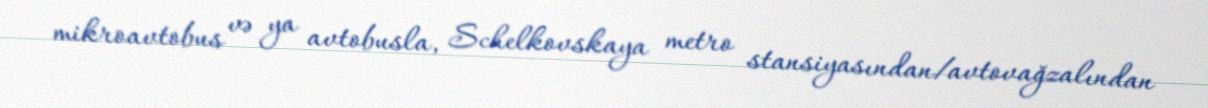
mikroavtobus və ya avtobusla, Schelkovskaya metro stansiyasından/avtovağzalından